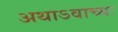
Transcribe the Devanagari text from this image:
अथाऽवाच्यः